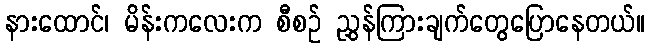
နားထောင်၊ မိန်းကလေးက စီစဉ် ညွှန်ကြားချက်တွေပြောနေတယ်။